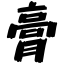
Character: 膏